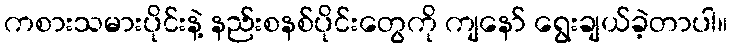
ကစားသမားပိုင်းနဲ့ နည်းစနစ်ပိုင်းတွေကို ကျနော် ရွေးချယ်ခဲ့တာပါ။